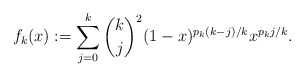
\begin{align*}f_k(x) := \sum_{j=0}^{k} \dbinom{k}{j}^2 (1-x)^{p_k(k-j)/k} x^{p_k j/k}.\end{align*}